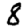
Digit: 8